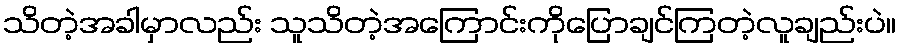
သိတဲ့အခါမှာလည်း သူသိတဲ့အကြောင်းကိုပြောချင်ကြတဲ့လူချည်းပဲ။